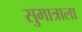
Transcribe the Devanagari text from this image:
सुमात्राला